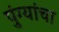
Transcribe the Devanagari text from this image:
पुंग्यांचा